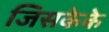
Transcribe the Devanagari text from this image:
जिसकेके